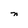
Character: n